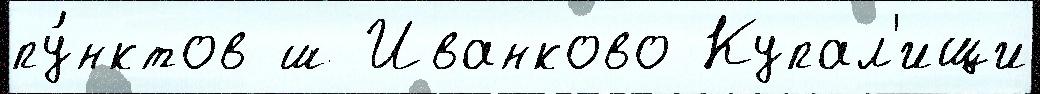
пу́нктов ш Иванково Купал'ищи